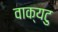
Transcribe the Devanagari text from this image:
वाक्यटु